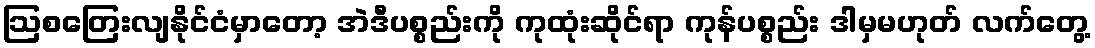
ဩစတြေးလျနိုင်ငံမှာတော့ အဲဒီပစ္စည်းကို ကုထုံးဆိုင်ရာ ကုန်ပစ္စည်း ဒါမှမဟုတ် လက်တွေ့